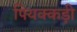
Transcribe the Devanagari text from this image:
पियक्कड़ी